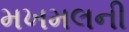
મખમલની